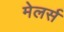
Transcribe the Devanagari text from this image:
मेलर्स